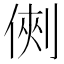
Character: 𠋙